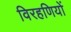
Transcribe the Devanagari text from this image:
विरहणियों